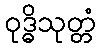
ဝုဒ္ဓိသုတ္တံ